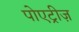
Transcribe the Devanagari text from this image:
पोएट्रीज़